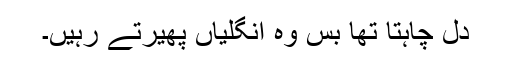
دل چاہتا تھا بس وہ انگلیاں پھیرتے رہیں۔